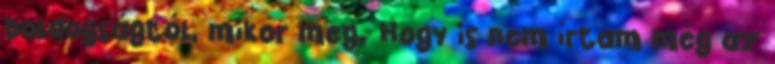
boldogságtól, mikor meg. Hogy is nem írtam még az